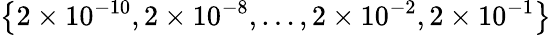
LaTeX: \left\{ 2\times 10^{-10},2\times 10^{-8},\ldots,2\times 10^{-2},2\times 10^{-1}\right\}